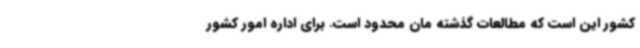
کشور این است که مطالعات گذشته ‌مان محدود است. برای اداره امور کشور